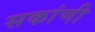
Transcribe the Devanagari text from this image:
सकांणी